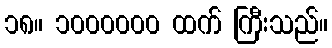
၁၈။ ၁၀၀၀၀၀၀ ထက် ကြီးသည်။